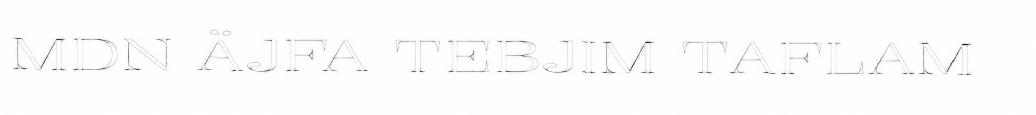
MDN ÄJFA TEBJIM TAFLAM